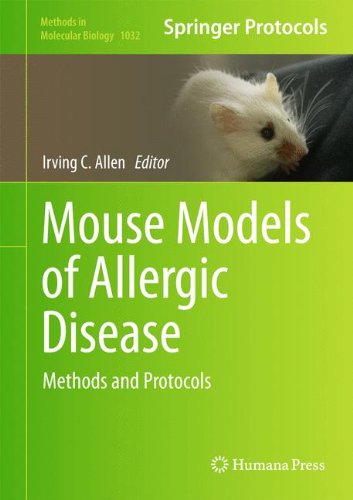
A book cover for Mouse Models of Allergic Disease: Methods and Protocols (Methods in Molecular Biology); Medical Books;